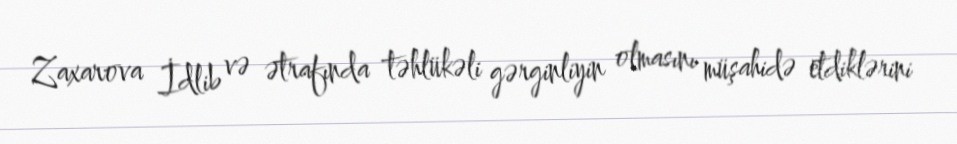
Zaxarova İdlib və ətrafında təhlükəli gərginliyin olmasını müşahidə etdiklərini